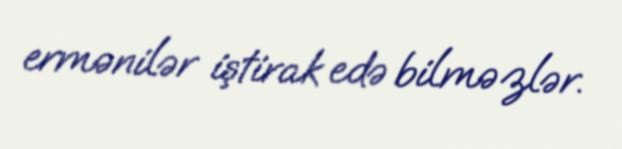
ermənilər iştirak edə bilməzlər.